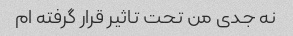
نه جدی من تحت تاثیر قرار گرفته ام